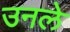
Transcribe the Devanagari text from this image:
उनले